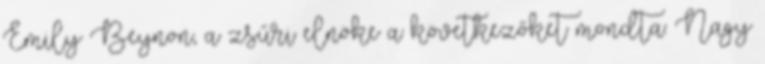
Emily Beynon, a zsűri elnöke a következőket mondta: Nagy